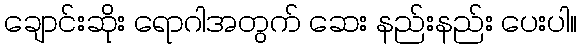
ချောင်းဆိုး ရောဂါအတွက် ဆေး နည်းနည်း ပေးပါ။